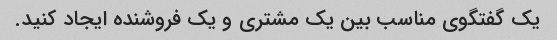
یک گفتگوی مناسب بین یک مشتری و یک فروشنده ایجاد کنید.